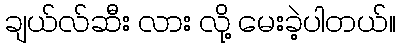
ချယ်လ်ဆီး လား လို့ မေးခဲ့ပါတယ်။